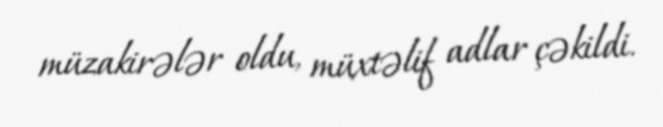
müzakirələr oldu, müxtəlif adlar çəkildi.